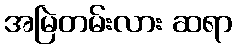
အမြဲတမ်းလား ဆရာ